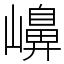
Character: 𡽶